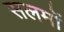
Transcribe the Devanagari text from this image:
सलमों